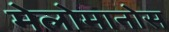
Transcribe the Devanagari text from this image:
मेलोमानोस